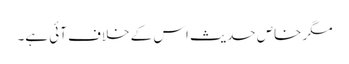
مگر خاص حدیث اس کے خلاف آئی ہے۔